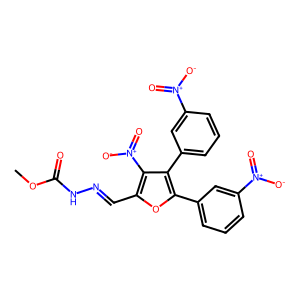
SMILES: COC(=O)NN=Cc1oc(-c2cccc([N+](=O)[O-])c2)c(-c2cccc([N+](=O)[O-])c2)c1[N+](=O)[O-]
Inhibits HIV replication: No